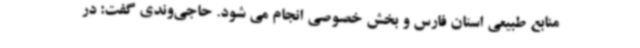
منابع طبیعی استان فارس و بخش خصوصی انجام می شود. حاجی‌وندی گفت: در